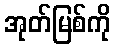
အုတ်မြစ်ကို